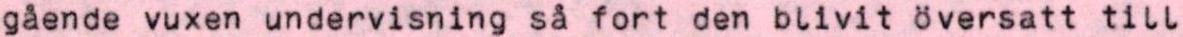
gående vuxen undervisning så fort den blivit översatt till